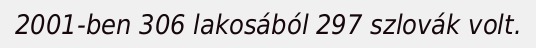
2001-ben 306 lakosából 297 szlovák volt.